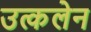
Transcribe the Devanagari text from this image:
उत्कलेन